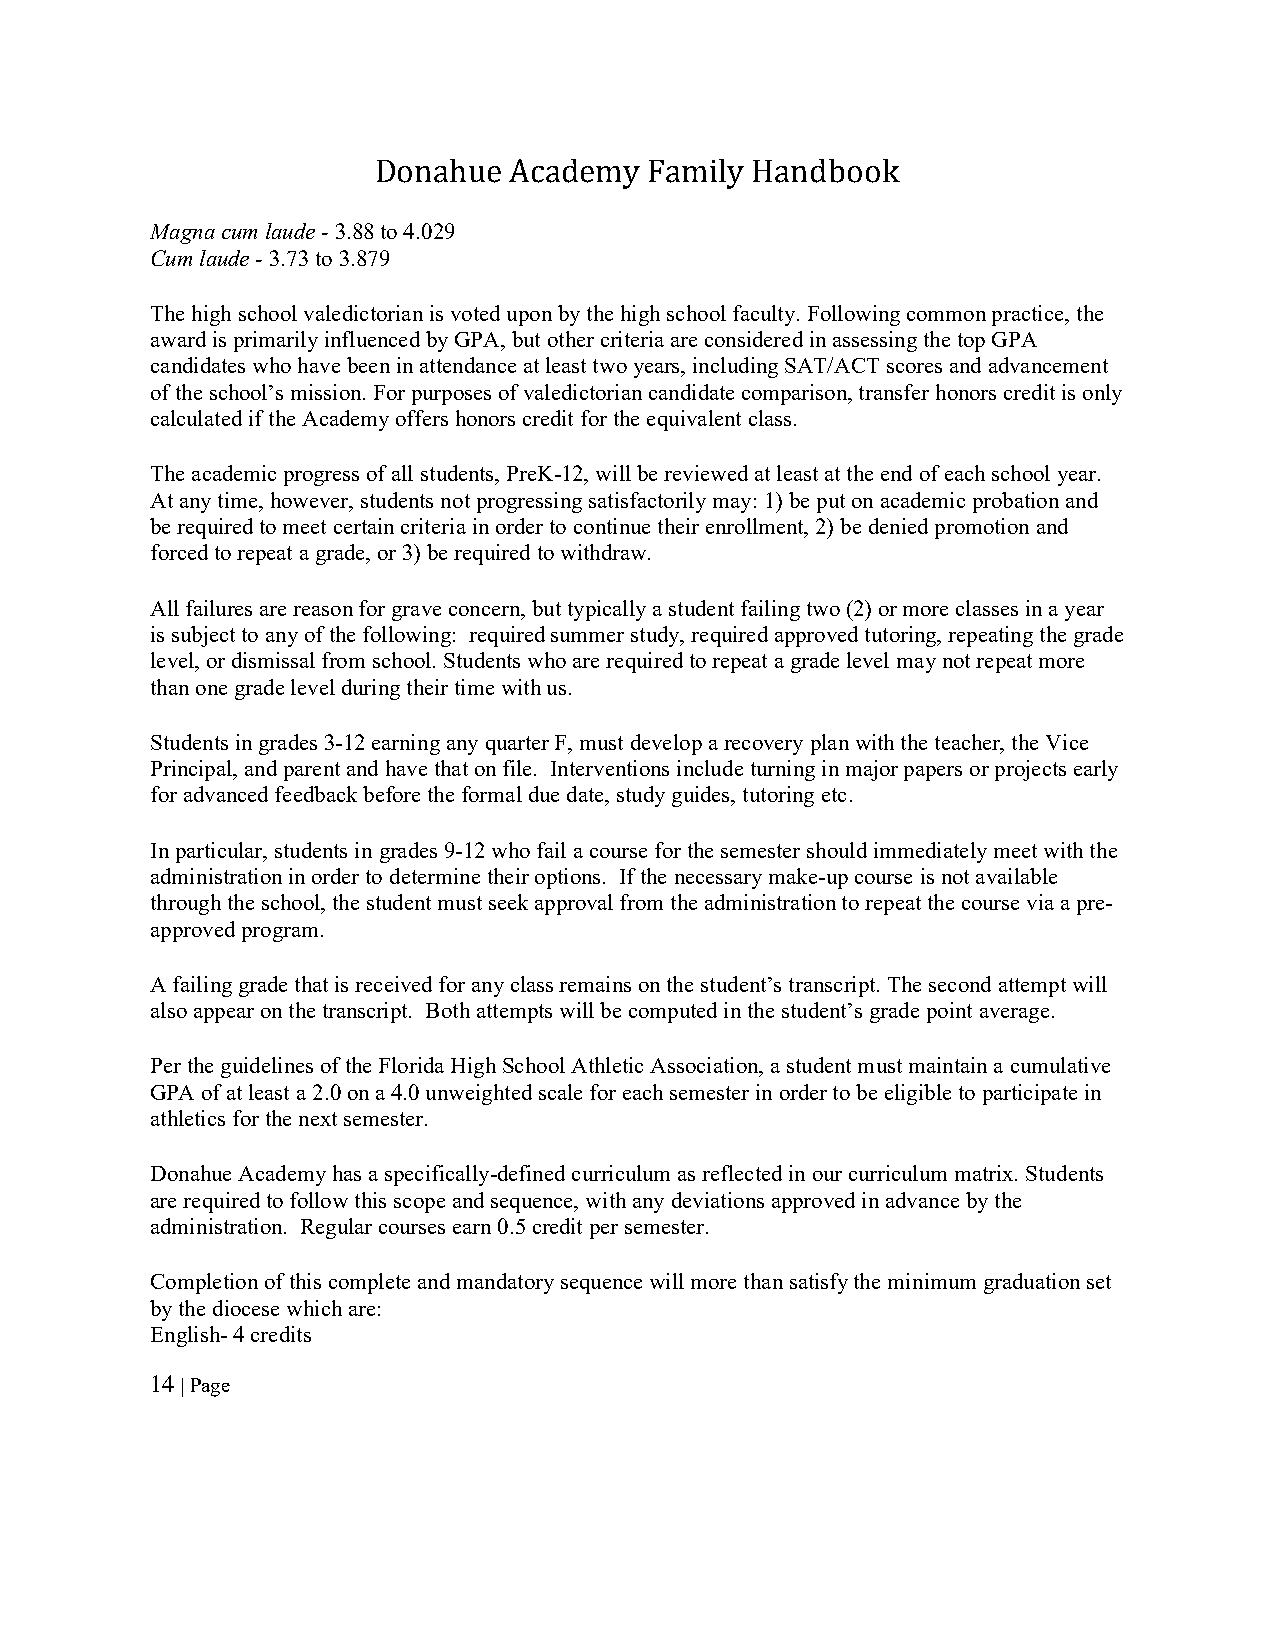
Donahue  Academy  Family Handbook
 Magna cum laude - 3.88 to 4.029
 Cum laude - 3.73 to 3.879
 The high school valedictorian is voted upon by the high school faculty. Following common practice, the
 award is primarily influenced by GPA, but other criteria are considered in assessing the top GPA
 candidates who have been in attendance at least two years, including SAT/ACT scores and advancement
 of the school’s mission. For purposes of valedictorian candidate comparison, transfer honors credit is only
 calculated if the Academy offers honors credit for the equivalent class.
 The academic progress of all students, PreK-12, will be reviewed at least at the end of each school year.
 At any time, however, students not progressing satisfactorily may: 1) be put on academic probation and
 be required to meet certain criteria in order to continue their enrollment, 2) be denied promotion and
 forced to repeat a grade, or 3) be required to withdraw.
 All failures are reason for grave concern, but typically a student failing two (2) or more classes in a year
 is subject to any of the following: required summer study, required approved tutoring, repeating the grade
 level, or dismissal from school. Students who are required to repeat a grade level may not repeat more
 than one grade level during their time with us.
 Students in grades 3-12 earning any quarter F, must develop a recovery plan with the teacher, the Vice
 Principal, and parent and have that on file. Interventions include turning in major papers or projects early
 for advanced feedback before the formal due date, study guides, tutoring etc.
 In particular, students in grades 9-12 who fail a course for the semester should immediately meet with the
 administration in order to determine their options. If the necessary make-up course is not available
 through the school, the student must seek approval from the administration to repeat the course via a pre-
 approved program.
 A failing grade that is received for any class remains on the student’s transcript. The second attempt will
 also appear on the transcript. Both attempts will be computed in the student’s grade point average.
 Per the guidelines of the Florida High School Athletic Association, a student must maintain a cumulative
 GPA of at least a 2.0 on a 4.0 unweighted scale for each semester in order to be eligible to participate in
 athletics for the next semester.
 Donahue Academy has a specifically-defined curriculum as reflected in our curriculum matrix. Students
 are required to follow this scope and sequence, with any deviations approved in advance by the
 administration. Regular courses earn 0.5 credit per semester.
 Completion of this complete and mandatory sequence will more than satisfy the minimum graduation set
 by the diocese which are:
 English- 4 credits
 14 | Page